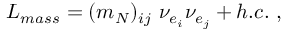
{ \cal L } _ { m a s s } = ( m _ { N } ) _ { i j } ~ { \nu } _ { e _ { i } } { \nu } _ { e _ { j } } + h . c . ~ ,